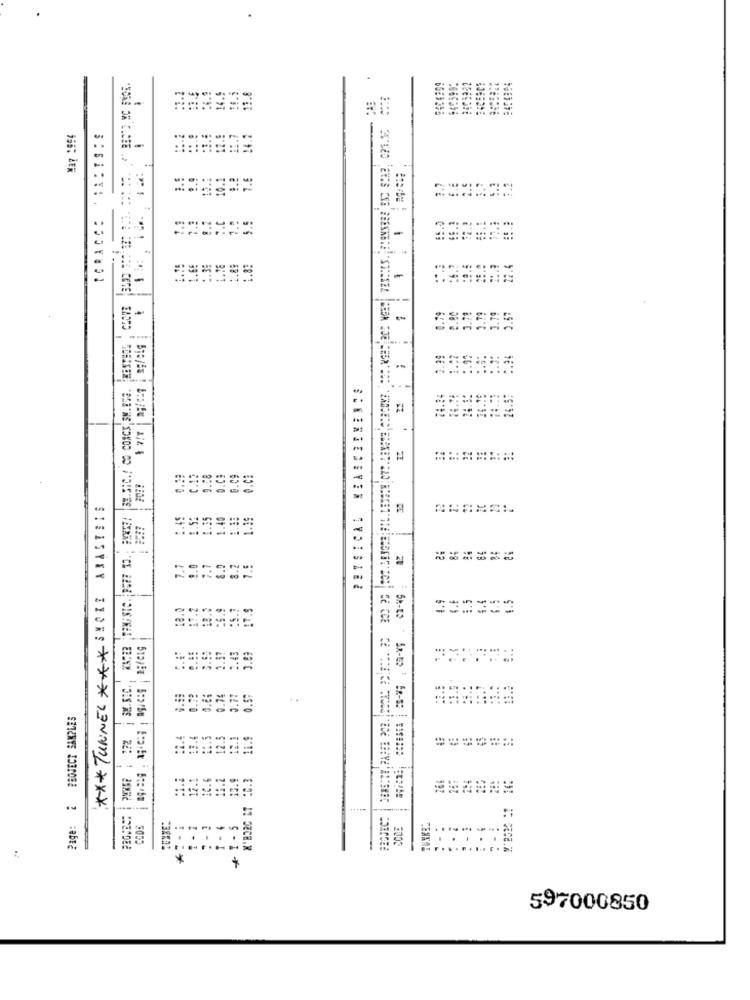
14.5
1.8
¥37 1954
12.5
11.7
14.2
1.ª
7.6
1.
10 .:
52.3
---
ـب
-
1
--
3.71
0.79
3.19
1.99
1.22
PETSICAL MEASUREMENTS
24.24
9.08
6.09
C .!
*** TUNNEL ****! CI! AJAL !!!!
----
======
18.3
1.9
====
1.43
2.03
0.79
3.7:
0.57
..
Page: 2 PROJECT SAMPLES
3.4
12.5
12.1
11.9
----
12.6
12.2
X' BORC ET _C.3
14:
10.9
FECJEC:
COD'S
- 4
SCDE
-
......... .
.
.
.
......
*
597000850